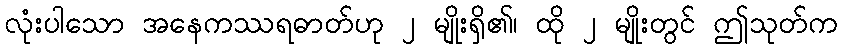
လုံးပါသော အနေကဿရဓာတ်ဟု ၂ မျိုးရှိ၏၊ ထို ၂ မျိုးတွင် ဤသုတ်က